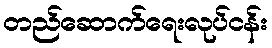
တည်ဆောက်ရေးလုပ်ငန်း